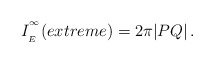
\begin{align*}I_{\phantom{}_{E}}^{\phantom{}^\infty}(extreme) = 2\pi |PQ| \, .\end{align*}